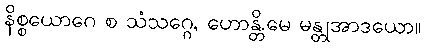
နိစ္စယောဂေ စ သံသဂ္ဂေ, ဟောန္တိ.မေ မန္တုအာဒယော။